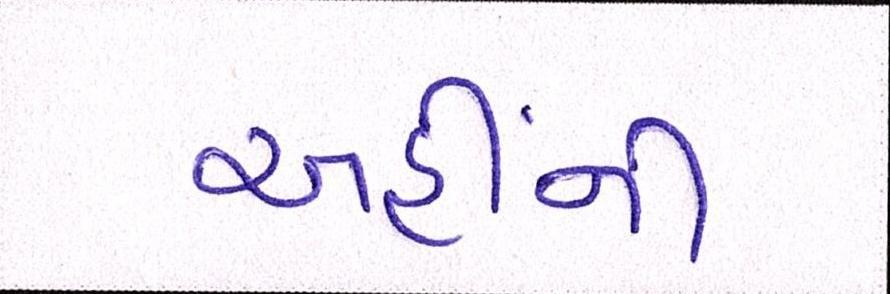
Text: અહીંની